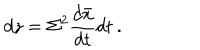
LaTeX: d z = \Sigma ^ { 2 } \frac { d \bar { x } } { d t } d t \: .